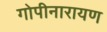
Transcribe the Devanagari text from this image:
गोपीनारायण